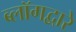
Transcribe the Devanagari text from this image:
ब्लॉगद्वारे